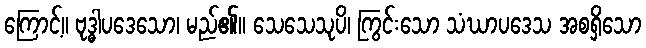
ကြောင့်။ ဗုဒ္ဓါပဒေသော၊ မည်၏။ သေသေသုပိ၊ ကြွင်းသော သံဃာပဒေသ အစရှိသော